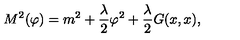
M ^ { 2 } ( \varphi ) = m ^ { 2 } + \frac { \lambda } { 2 } \varphi ^ { 2 } + \frac { \lambda } { 2 } G ( x , x ) ,